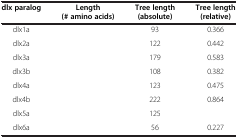
<table><thead><tr><td><b>dlx paralog</b></td><td><b>Length (# amino acids)</b></td><td><b>Tree length (absolute)</b></td><td><b>Tree length (relative)</b></td></tr></thead><tbody><tr><td>dlx1a</td><td>[EMPTY_CELL]</td><td>93</td><td>0.366</td></tr><tr><td>dlx2a</td><td>[EMPTY_CELL]</td><td>122</td><td>0.442</td></tr><tr><td>dlx3a</td><td>[EMPTY_CELL]</td><td>179</td><td>0.583</td></tr><tr><td>dlx3b</td><td>[EMPTY_CELL]</td><td>108</td><td>0.382</td></tr><tr><td>dlx4a</td><td>[EMPTY_CELL]</td><td>123</td><td>0.475</td></tr><tr><td>dlx4b</td><td>[EMPTY_CELL]</td><td>222</td><td>0.864</td></tr><tr><td>dlx5a</td><td>[EMPTY_CELL]</td><td>125</td><td>[EMPTY_CELL]</td></tr><tr><td>dlx6a</td><td>[EMPTY_CELL]</td><td>56</td><td>0.227</td></tr></tbody></table>